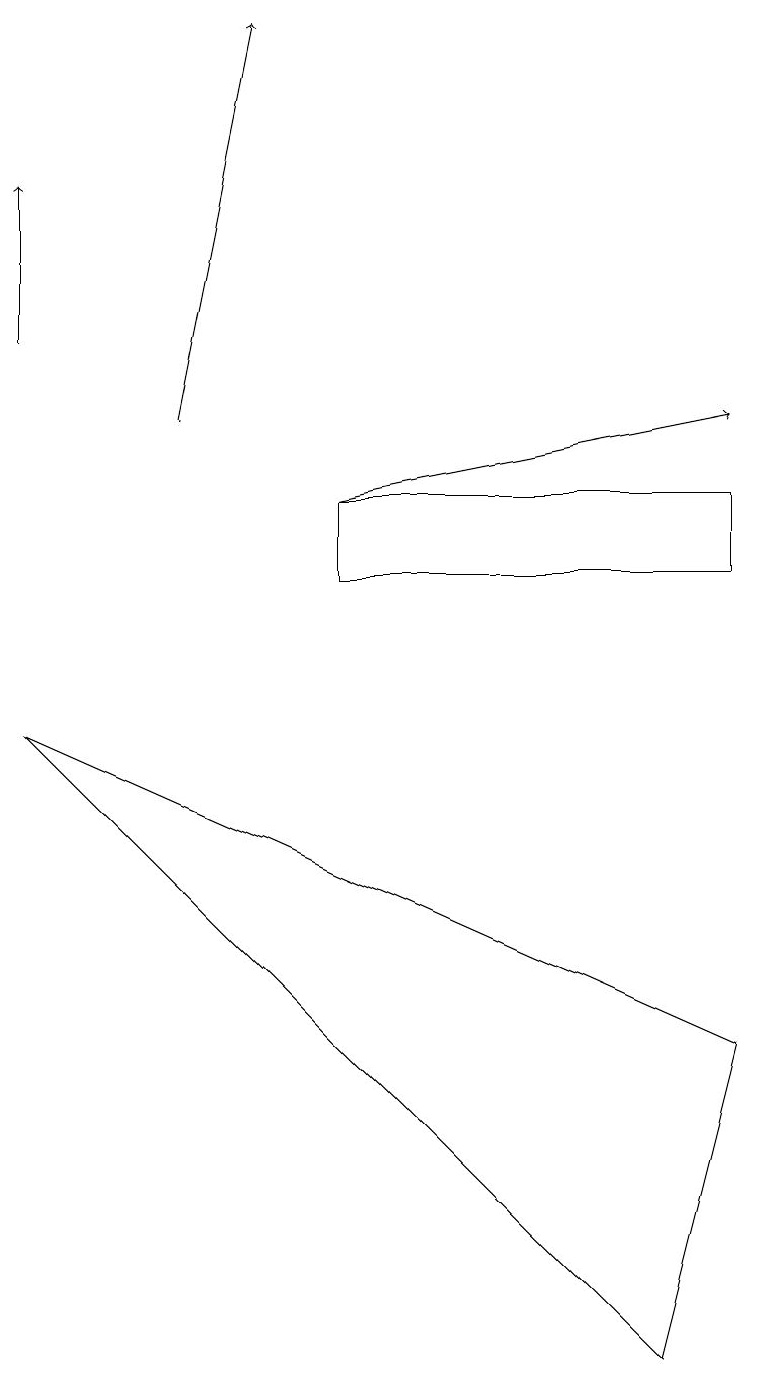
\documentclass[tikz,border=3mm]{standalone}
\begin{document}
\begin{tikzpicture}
\draw (9,4) -- (0,8) -- (8,0) -- cycle;
\draw[->] (4,11) -- (9,12);
\draw[->] (2,12) -- (3,17);
\draw (9,10) rectangle (4,11);
\draw[->] (0,13) -- (0,15);
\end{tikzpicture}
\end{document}